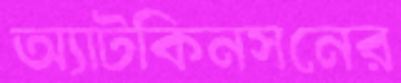
অ্যাটকিনসনের